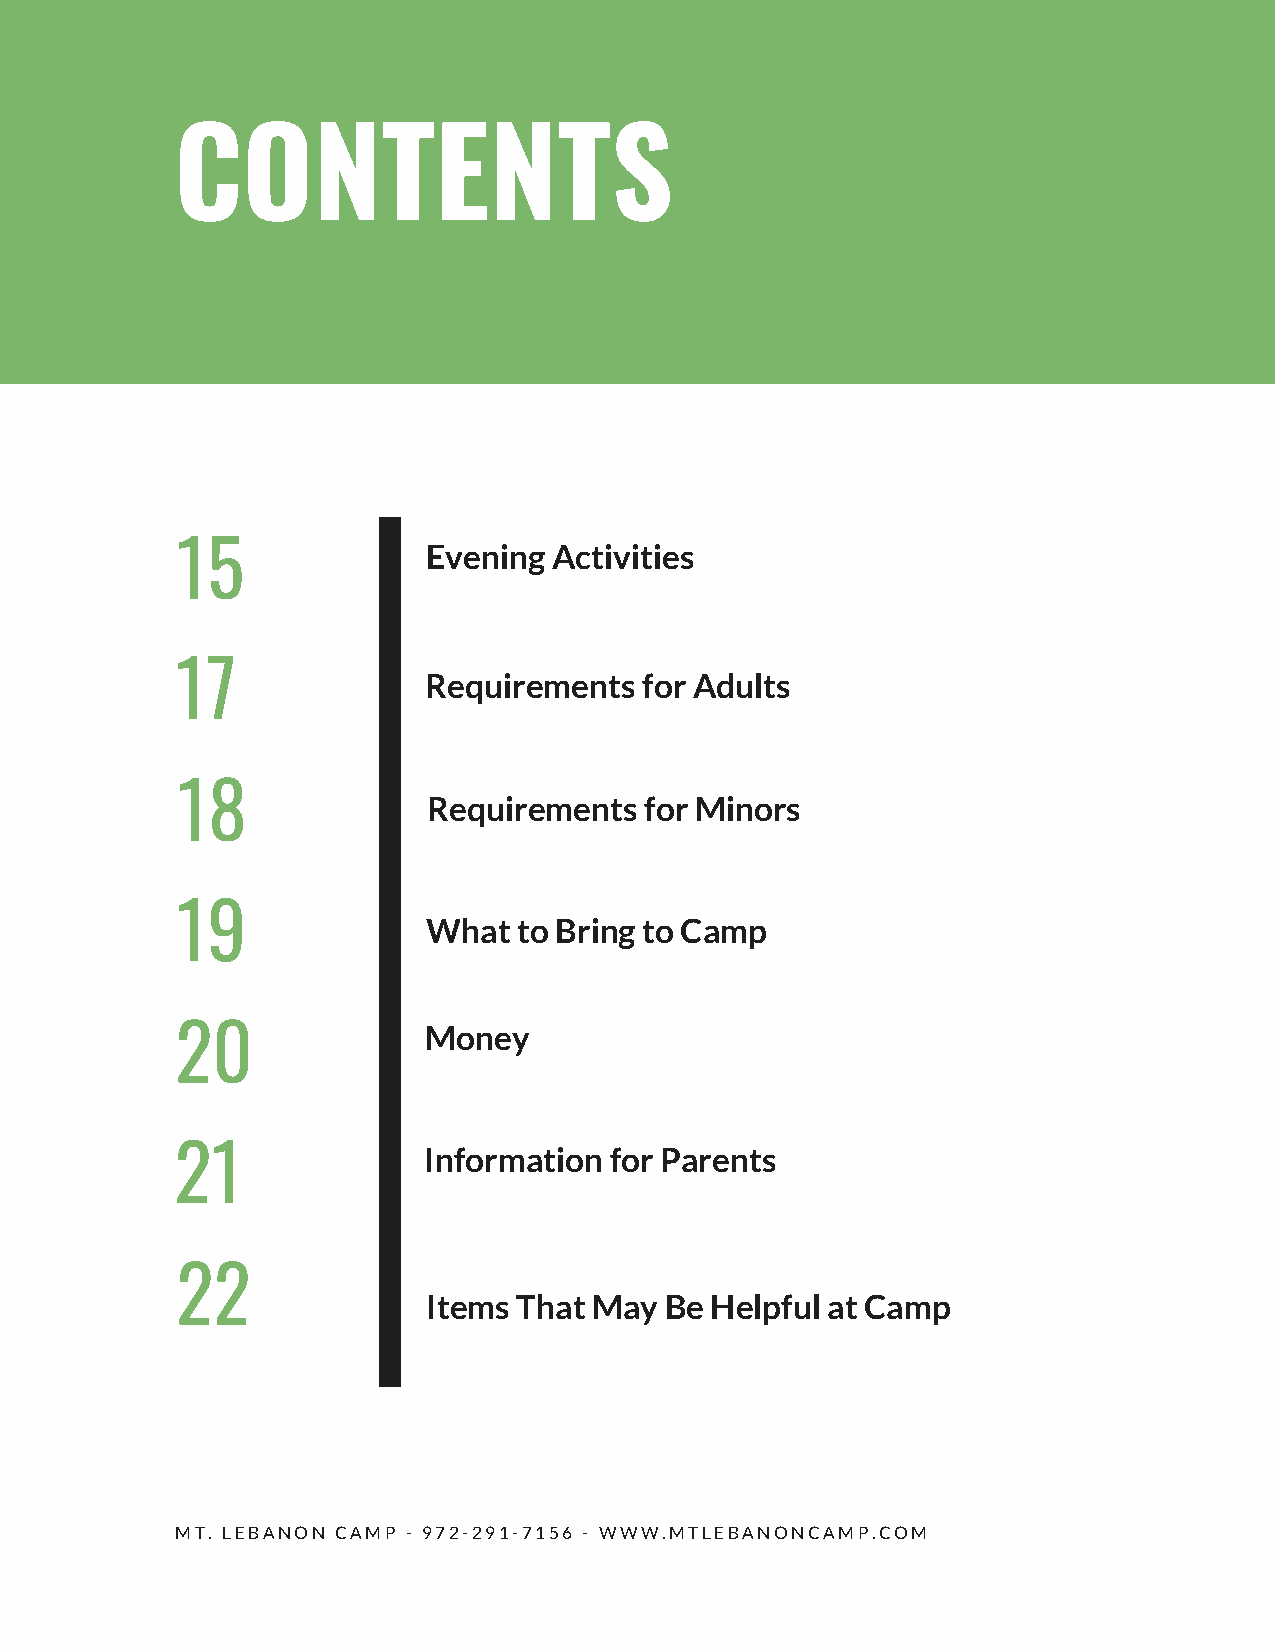
CONTENTS
 15              Evening  Activities
 17
 Requirements   for Adults
 18
 Requirements   for Minors
 19
 What  to Bring to Camp
 20              Money
 21              Information for Parents
 22
 Items That May  Be Helpful at Camp
 MT. LEBANON CAMP - 972-291-7156 - WWW.MTLEBANONCAMP.COM